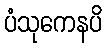
ပံသုကေနပိ